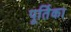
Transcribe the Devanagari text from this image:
पूर्तिका